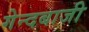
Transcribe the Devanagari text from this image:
गेन्दबाजी